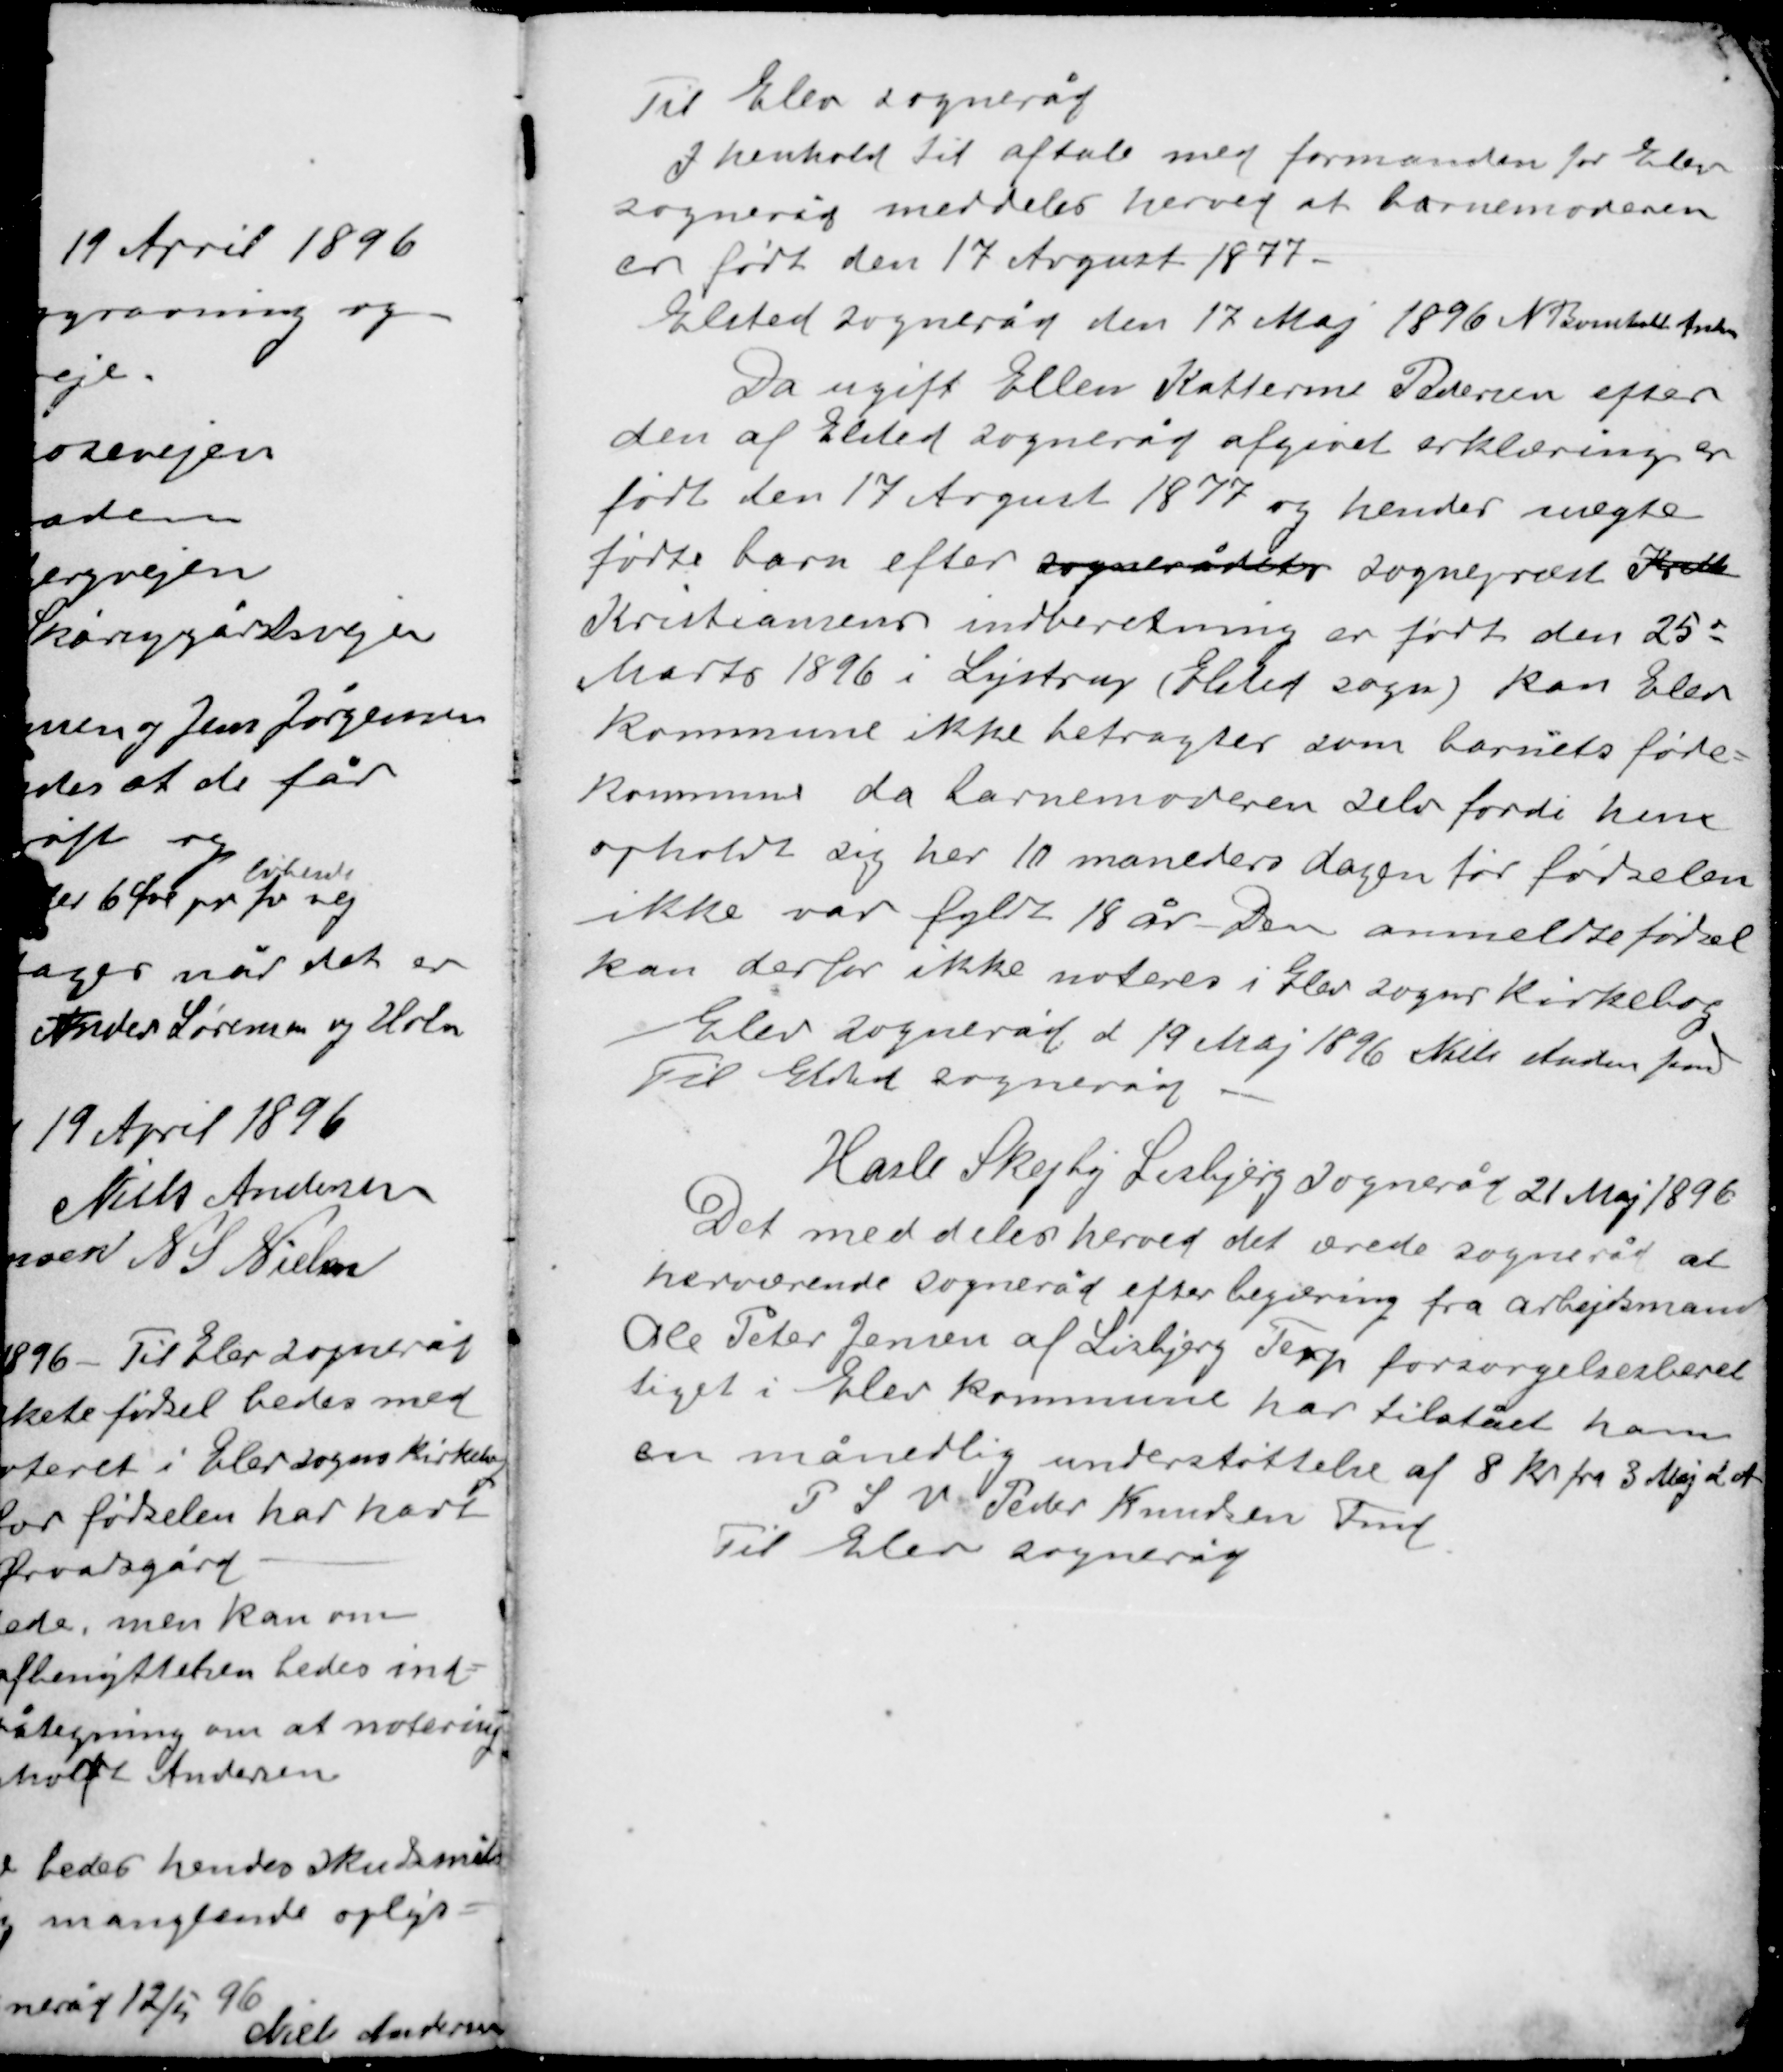
Transskription:
Til Elev sogneråd
I henhold til aftale med formanden for Elev
sogneråd meddeles herved at barnemoderen
er født den 17 August 1877.
Elsted sogneråd den 17. Maj 1896 N Bomholt fmd.

Da ugift Ellen Katherine Pedersen efter
den af Elsted sogneråd afgivet erklæring er
født den 17 August 1877 og hendes uægte
fødte barn efter sognerådets sonepræst Krite
Kristiansens indberetning er født den 25.
Marts 1896 i Lystrup (Elsted sogn) kan Elev
kommune ikke betragtes som barnets føde-
kommune da barnemoderen selv fordi hun
opholdt sig her 10 måneders dagen før fødselen
ikke var fyldt 18 år. Den anmeldte fødsel
kan derfor ikke noteres i Elev sogns Kirkebog
Elev sogneråd d 19 Maj 1896 Niels Andersen fmd.
Til Elsted sogneråd.

Hasle Skejby Lisbjerg sogneråd 21 Maj 1896
Det meddeles herved det ærede sogneråd at
herværende sogneråd efter begæring fra arbejdsmand
Ole Peter Jensen af Lisbjerg Terp forsørgelsesberet-
tiget i Elev kommune har tilstået ham
en månedlig understøttelse af 8 kr fra 3 Maj d. A.
P S V Peder Knudsen Fmd
Til Elev sogneråd